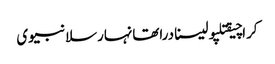
کراچیقتلپولیسنادراتھانہارسلانبیوی